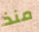
منذ